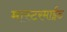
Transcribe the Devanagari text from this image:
मास्टरमाईंड